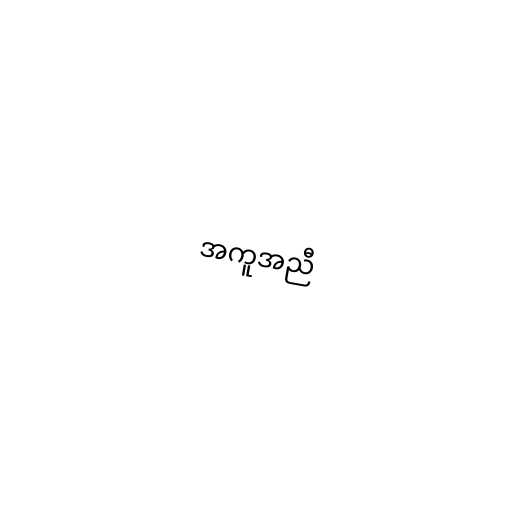
အကူအညီ